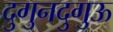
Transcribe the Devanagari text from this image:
दुगुनदुगुऊ